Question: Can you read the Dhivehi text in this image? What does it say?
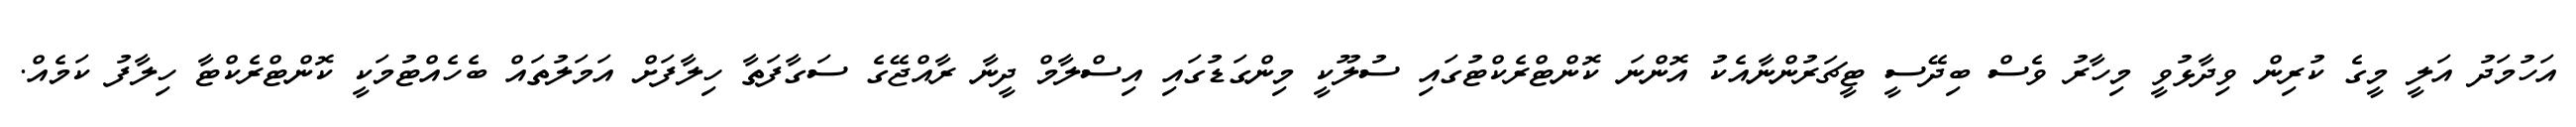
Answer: އަހުމަދު އަލީ މީގެ ކުރިން ވިދާޅުވީ މިހާރު ވެސް ބިދޭސީ ޓީޗަރުންނާއެކު އޮންނަ ކޮންޓްރެކްޓުގައި ސުލޫކީ މިންގަޑުގައި އިސްލާމް ދީނާ ރާއްޖޭގެ ސަގާފަތާ ހިލާފަށް އަމަލުތައް ބެހެއްޓުމަކީ ކޮންޓްރެކްޓާ ހިލާފު ކަމެއް.